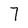
Character: 7